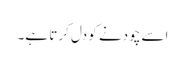
اسے چودنے کو دل کرتا ہے۔